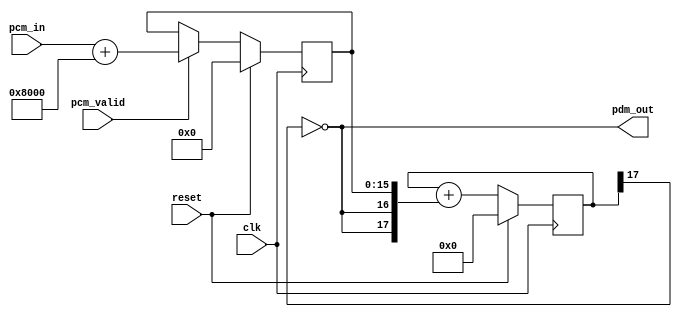
// pdm_dac.v
//
// Based on the icebreaker-examples repo:
// https://github.com/icebreaker-fpga/icebreaker-examples/tree/master/gamepad-audio

`default_nettype none

module pdm_dac #(
    parameter integer WIDTH = 16
) (
    input clk,
    input reset,

    input [WIDTH - 1:0] pcm_in,
    input pcm_valid,

    output pdm_out
);
    reg [WIDTH - 1:0] pdm_level;
    reg [WIDTH + 1:0] pdm_sigma;
    assign pdm_out = ~pdm_sigma[WIDTH + 1];

    always @(posedge clk) begin
        if (reset) begin
            pdm_level <= 0;
            pdm_sigma <= 0;
        end else begin
            if (pcm_valid) begin
                pdm_level <= pcm_in + ((1 << (WIDTH - 1)));
            end

            pdm_sigma <= pdm_sigma + {pdm_out, pdm_out, pdm_level};
        end
    end

endmodule